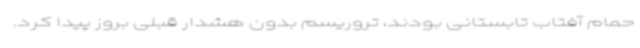
حمام آفتاب تابستانی بودند، تروریسم بدون هشدار قبلی بروز پیدا کرد.